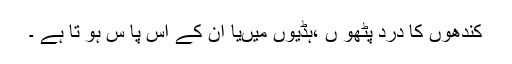
کندھوں کا درد پٹھو ں ،ہڈیوں میںیا ان کے آس پا س ہو تا ہے ۔